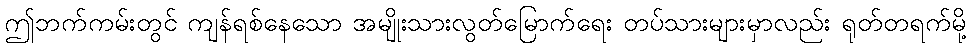
ဤဘက်ကမ်းတွင် ကျန်ရစ်နေသော အမျိုးသားလွတ်မြောက်ရေး တပ်သားများမှာလည်း ရုတ်တရက်မို့